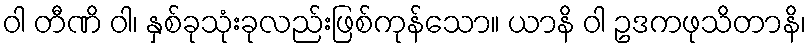
ဝါ တီဏိ ဝါ၊ နှစ်ခုသုံးခုလည်းဖြစ်ကုန်သော။ ယာနိ ဝါ ဥဒကဖုသိတာနိ၊